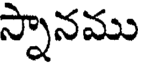
స్నానము